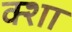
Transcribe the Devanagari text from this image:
क्शा